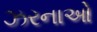
ઝરનાઓ